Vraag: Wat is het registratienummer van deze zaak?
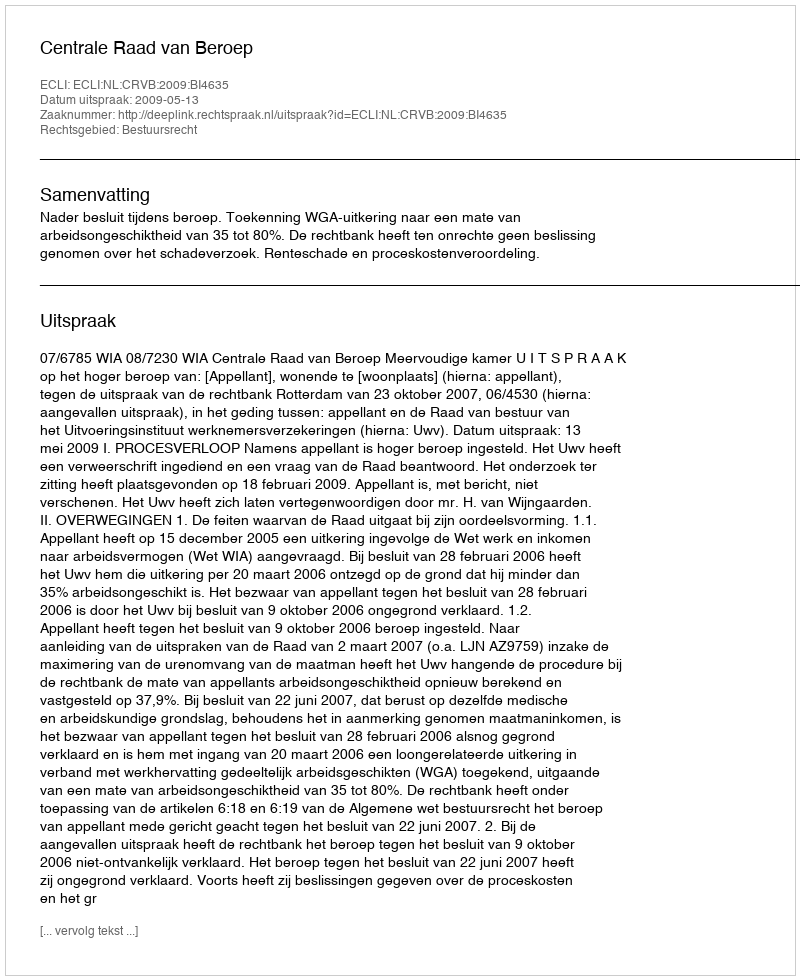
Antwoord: http://deeplink.rechtspraak.nl/uitspraak?id=ECLI:NL:CRVB:2009:BI4635